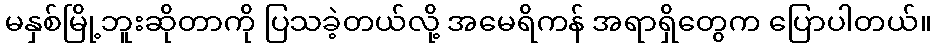
မနှစ်မြို့ဘူးဆိုတာကို ပြသခဲ့တယ်လို့ အမေရိကန် အရာရှိတွေက ပြောပါတယ်။